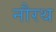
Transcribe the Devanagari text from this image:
नौरथ